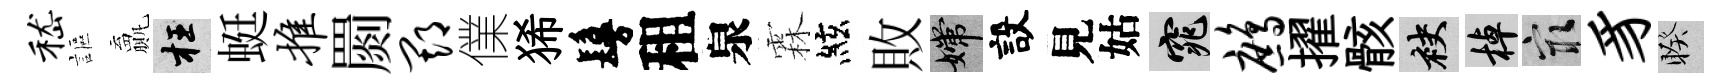
嵇謳贏枉蜓推罽期㒒狶鬘租泉霖絃敗嫦設見姑窕鹧擢骸袂棹冣豸睽